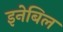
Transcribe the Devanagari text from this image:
इनेबिल